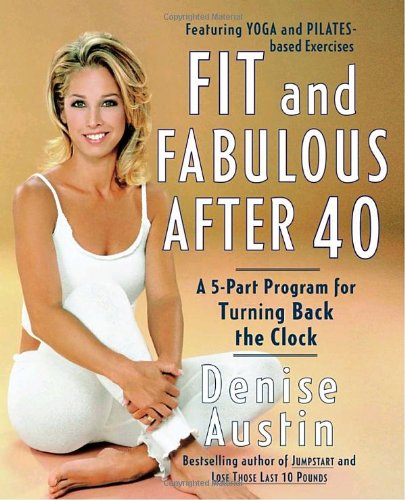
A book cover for Fit and Fabulous After 40: A 5-Part Program for Turning Back the Clock; Denise Austin; Self-Help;